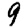
Digit: 9